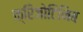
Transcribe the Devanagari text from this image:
क्रिजोटिनिब